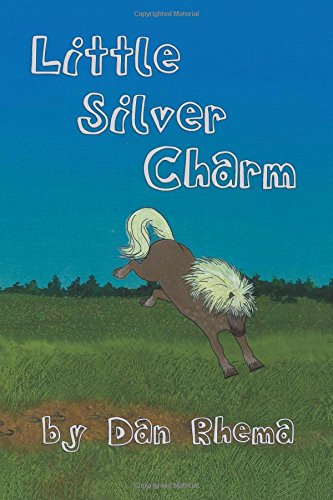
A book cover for Little Silver Charm; Dan Rhema; Children's Books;